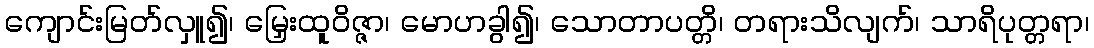
ကျောင်းမြတ်လှူ၍၊ မြှေးထူဝိဇ္ဇာ၊ မောဟခွါ၍၊ သောတာပတ္တိ၊ တရားသိလျက်၊ သာရိပုတ္တရာ၊